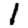
Digit: 1